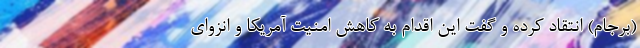
(برجام) انتقاد کرده و گفت این اقدام به کاهش امنیت آمریکا و انزوای